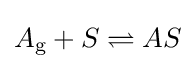
A_{\text{g}}+S\rightleftharpoons AS